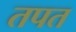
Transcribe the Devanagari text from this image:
तपत